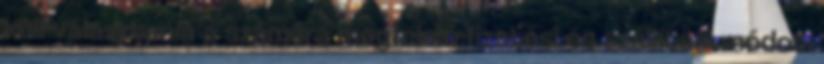
kell választania a számára megfelelő fizetési és szállítási módot.